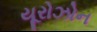
યૂરોઝોન